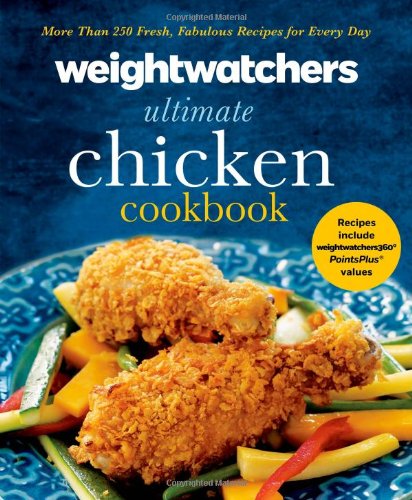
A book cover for Weight Watchers Ultimate Chicken Cookbook: More than 250 Fresh, Fabulous Recipes for Every Day; Weight Watchers; Health, Fitness & Dieting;